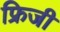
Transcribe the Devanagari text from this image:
फ्रिजी